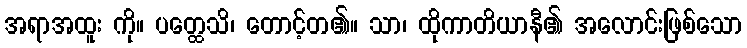
အရာအထူး ကို။ ပတ္ထေသိ၊ တောင့်တ၏။ သာ၊ ထိုကာတိယာနီ၏ အလောင်းဖြစ်သော